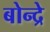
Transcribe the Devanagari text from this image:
बोन्द्रे